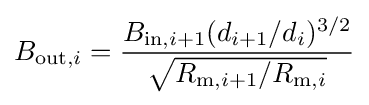
B_{\mathrm {out} ,i}={\frac {B_{\mathrm {in} ,i+1}(d_{i+1}/d_{i})^{3/2}}{\sqrt {R_{\mathrm {m} ,i+1}/R_{\mathrm {m} ,i}}}}